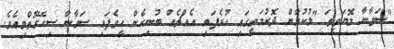
"ސަވާނާ މޮޔަވީތަ "ލުކުމާން ދޮރުމަތީގައި ހުރެފައި އެއްޗެއް ބުނިހެން ހީވެފައި ސަވާނާ ސިހޭގޮތްވިއެވެ.